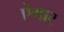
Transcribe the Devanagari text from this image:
ऐगार